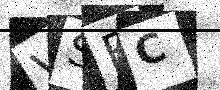
Text: VSFC